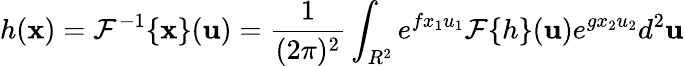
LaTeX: h({\mathbf x})={\mathcal F}^{-1}\{ {\mathbf x}\} ({\mathbf u})=\frac{1}{(2\pi)^{2}}\int_{R^{2}}e^{fx_{1}u_{1}}{\mathcal F}\{ h\} ({\mathbf u})e^{gx_{2}u_{2}}d^{2}{\mathbf u}